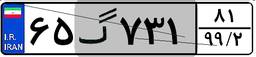
۳۹گ۴۳۸۴۹